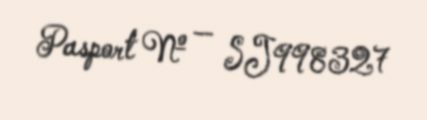
Pasport № — SJ998327